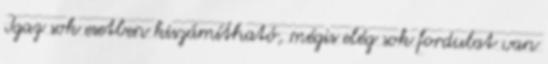
Igaz sok esetben kiszámítható, mégis elég sok fordulat van